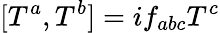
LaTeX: [T^{a},T^{b}]=if_{abc}T^{c}